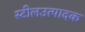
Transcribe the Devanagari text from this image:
स्टीलउत्पादक